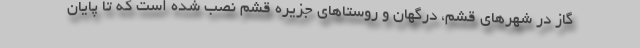
گاز در شهرهای قشم، درگهان و روستاهای جزیره قشم نصب شده است که تا پایان